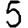
Digit: 5